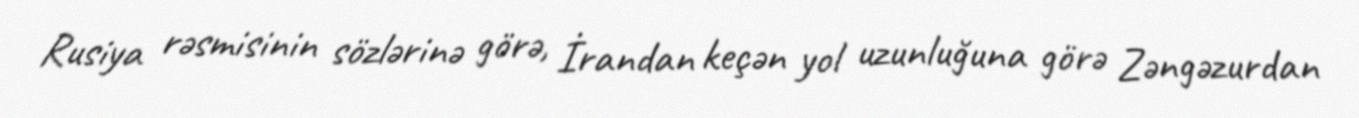
Rusiya rəsmisinin sözlərinə görə, İrandan keçən yol uzunluğuna görə Zəngəzurdan